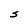
Character: S